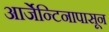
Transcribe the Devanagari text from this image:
आर्जेन्टिनापासून